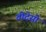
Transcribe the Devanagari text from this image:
वीदेसो